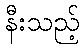
နီးသည့်